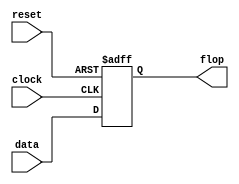
module FF(clock, reset, data, flop);
  input clock;
  input reset;
  input data;
  output reg flop;
  always@(posedge reset or posedge clock) begin
    if(reset)begin
      flop<=1;
    end
    else begin
      flop<=data;
    end 
  end
endmodule